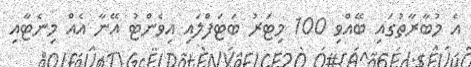
އެ މުބާރާތުގައި ބޭއްވި 100 މިޓަރު ބަޓަފްލައި އިވެންޓު އޭނާ އެއް މިނެޓާއި